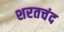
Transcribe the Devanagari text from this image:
शरतचंद